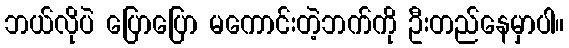
ဘယ်လိုပဲ ပြောပြော မကောင်းတဲ့ဘက်ကို ဦးတည်နေမှာပါ။